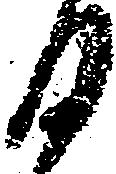
日